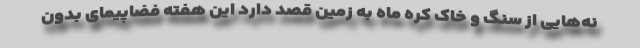
نه‌هایی از سنگ و خاک کره ماه به زمین قصد دارد این هفته فضاپیمای بدون